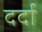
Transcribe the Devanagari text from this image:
दर्दा